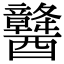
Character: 䤗